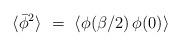
LaTeX: \begin{align*}\langle \bar{\phi}^2\rangle \,\, = \,\, \langle \phi(\beta/2) \, \phi(0)\rangle\end{align*}